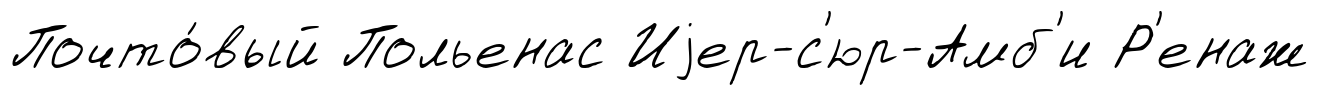
Почто́вый Польенас Иjер-с'юр-Амб'и Р'енаж